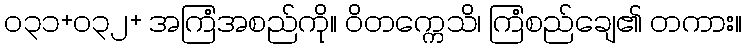
၀၃၁+၀၃၂+ အကြံအစည်ကို။ ဝိတက္ကေသိ၊ ကြံစည်ချေ၏ တကား။